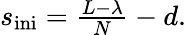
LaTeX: \begin{array}{r}{s_{\mathrm{ini}}=\frac{L-\lambda}{N}-d.}\end{array}